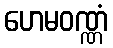
ဟေမဝဏ္ဏံ